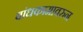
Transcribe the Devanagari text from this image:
बांधकामावरुन